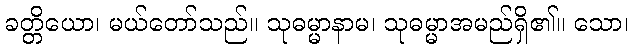
ခတ္တိယော၊ မယ်တော်သည်။ သုဓမ္မာနာမ၊ သုဓမ္မာအမည်ရှိ၏။ သော၊